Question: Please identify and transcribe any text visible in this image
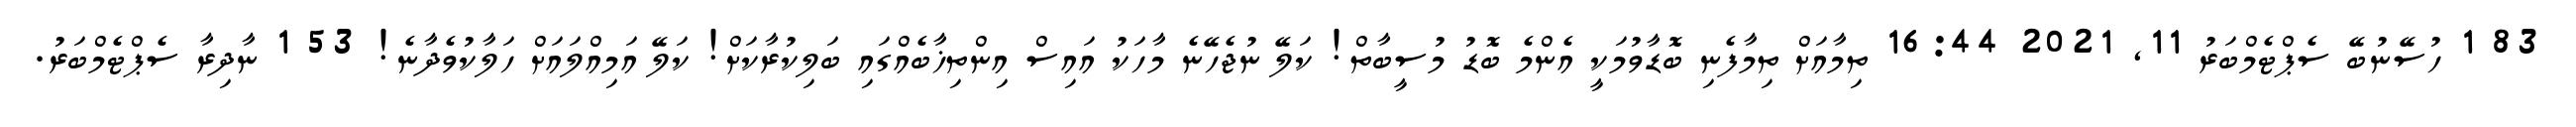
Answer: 83 1 ހުސޭނުބޭ ސެޕްޓެމްބަރު 11, 2021 16:44 ތިމާއަށް ތިމާފެނި ބޮޑާވުމަކީ އެންމެ ބޮޑު މުސީބާތް! ކަލޭ ނުޖެހޭނެ މާހަކު އައިސް އިންތިޚާބެއްގައި ބަލިކުރާކަށް! ކަލޭ އަމިއްލައަށް ހަލާކުވެދާނެ! 53 1 ނާދިރާ ސެޕްޓެމްބަރު.